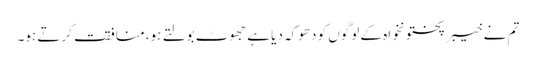
تم نے خیبرپختونخواہ کے لوگوں کو دھوکہ دیا ہے جھوٹ بولتے ہو، منافقت کرتے ہو۔